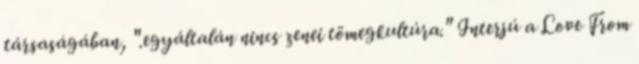
társaságában, ".egyáltalán nincs zenei tömegkultúra." Interjú a Love From